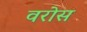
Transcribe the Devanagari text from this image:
वरोस